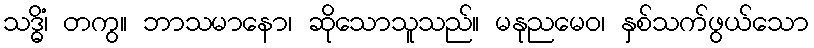
သဒ္ဓိံ၊ တကွ။ ဘာသမာနော၊ ဆိုသောသူသည်။ မနုညမေဝ၊ နှစ်သက်ဖွယ်သော